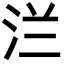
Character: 㳕